Bombay plague: being a history of the progress of plague in the Bombay presidency from September 1896 to June 1899
Year: 1896
Disease focus: Plague
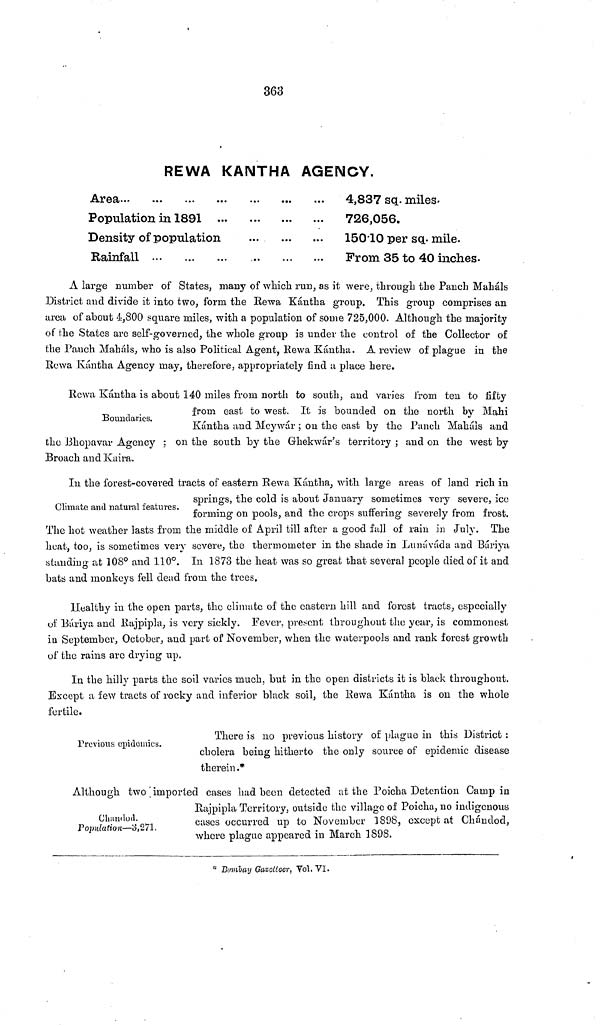
363
REWA KANTHA AGENCY.
Area
Population in 1891
Density of population
Rainfall
4,837 sq. miles.
726,056.
150 10 per sq. mile.
Prom 35 to 40 inches.
A large number of States, many of which run, as it were, through the Pauch Maháls
District and divide it into two, form the Rewa Kántha group. This group comprises an
area of about 4,800 square miles, with a population of some 725,000. Although the majority
of the States are self-governed, the whole group is under the control of the Collector of
the Pauch Maháls, who is also Political Agent, Rewa Kántha. A review of plague in the
Rowa Kántha Agency may, therefore, appropriately find a place here.
Boundaries.
Rewa Kántha is about 140 miles from north to south, and varies from ten to fifty
from east to west. It is bounded on the north by Mahi
Kántha and Meywár ; on the cast by the Panch Maháls and
the Bhopavar Agency : on the south by the Ghekwár's territory ; and on the west by
Broach and Kaira.
Climate and natural features.
In the forest-covered tracts of eastern Rewa Kántha, with large areas of land rich in
springs, the cold is about January sometimes very severe, ice
forming on pools, and the crops suffering severely from frost.
The hot weather lasts from the middle of April till after a good fall of rain in July. The
heat, too, is sometimes very severe, the thermometer in the shade in Lunáváda and Báriya
standing at 108° and 110°. In 1878 the heat was so great that several people died of it and
bats and monkeys fell dead from the trees.
Healthy in the open parts, the climate of the eastern hill and forest tracts, especially
of Báriya and Rajpipla, is very sickly. Fever, present throughout the year, is commonest
in September, October, and part of November, when the waterpools and rank forest growth
of the rains are drying up.
In the hilly parts the soil varies much, but in the open districts it is black throughout.
Except a few tracts of rocky and inferior black soil, the Rewa Kántha is on the whole
fertile.
Previous epidemics.
There is no previous history of plague in this District :
cholera being hitherto the only source of epidemic disease
therein.*
Chandod.
Population—3,271.
Although two imported cases had been detected at the Poicha Detention Camp in
Rajpipla Territory, outside the village of Poicha, no indigenous
cases occurred up to November 1898, except at Chándod,
whore plague appeared in March 1898.
* Bombay Gaeellcer, Vol. VI.